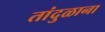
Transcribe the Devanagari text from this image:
तांदुळाना